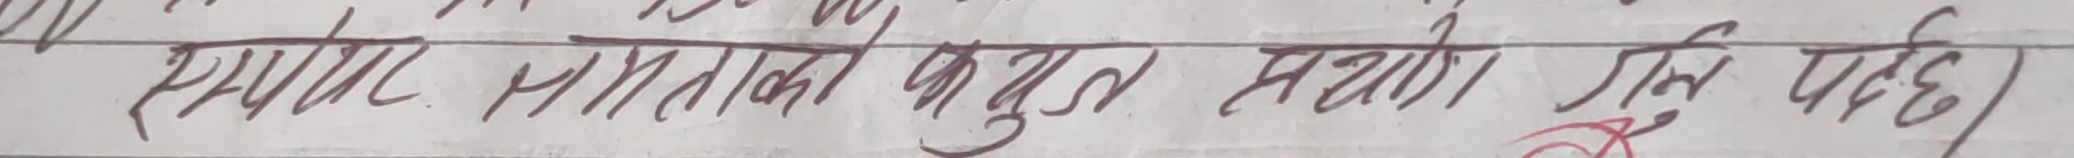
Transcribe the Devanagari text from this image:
स्पष्ट स्रोतको कुरा सन्दर्भको गनि पछि